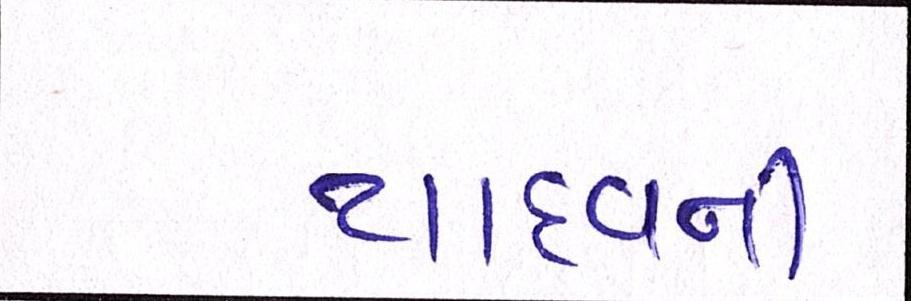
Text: યાદવની